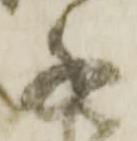
千